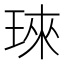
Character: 琜